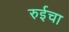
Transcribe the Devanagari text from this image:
रुईचा